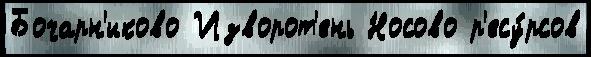
Бочарн'иково Изворот'ень Носово р'есу́рсов